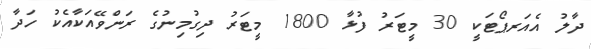
ދާލު އެއަރޕޯޓަކީ 30 މީޓަރު ފުޅާ 1800 މީޓަރު ދިގުމިނުގެ ރަންވޭއަކާއެކު ހަދާ